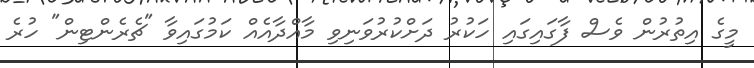
މީގެ އިތުރުން ވެސް ފާގައިގައި ހަކުރު ދަށްކުރުވަނިވި މާއްދާއެއް ކަމުގައިވާ "ޗެރެންޓިން" ހުރެ